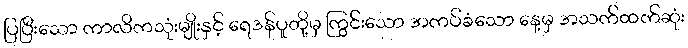
ပြပြီးသော ကာလိကသုံးမျိုးနှင့် ရေဒန်ပူတို့မှ ကြွင်းသော အကပ်ခံသော နေ့မှ အသက်ထက်ဆုံး